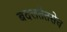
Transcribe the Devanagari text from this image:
बदलतेतसेच